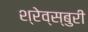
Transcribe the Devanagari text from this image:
श्रेव्स्बुरी